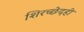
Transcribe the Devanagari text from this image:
शिरच्छेदही